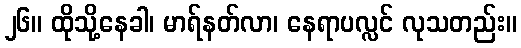
၂၆။ ထိုသို့နေခါ၊ မာရ်နတ်လာ၊ နေရာပလ္လင် လုသတည်း။